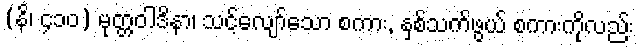
(နိ၊ ၄၁၀) မုတ္တဝါဒိနာ၊ သင့်လျော်သော စကား, နှစ်သက်ဖွယ် စကားကိုလည်း